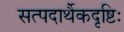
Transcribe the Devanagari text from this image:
सत्पदार्थैकदृष्टिः